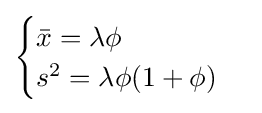
{\begin{cases}{\bar {x}}=\lambda \phi \\s^{2}=\lambda \phi (1+\phi )\end{cases}}